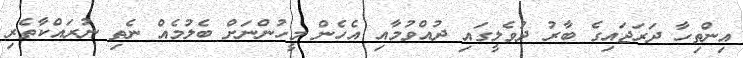
އިންތިހާ ދަރަޖައިގެ ބާރު ދުވެލީގައި ދުއްވުމާއި އެހެން މީހުންނަށް ބެލުމެއް ނެތި ނުރައްކާތެރި